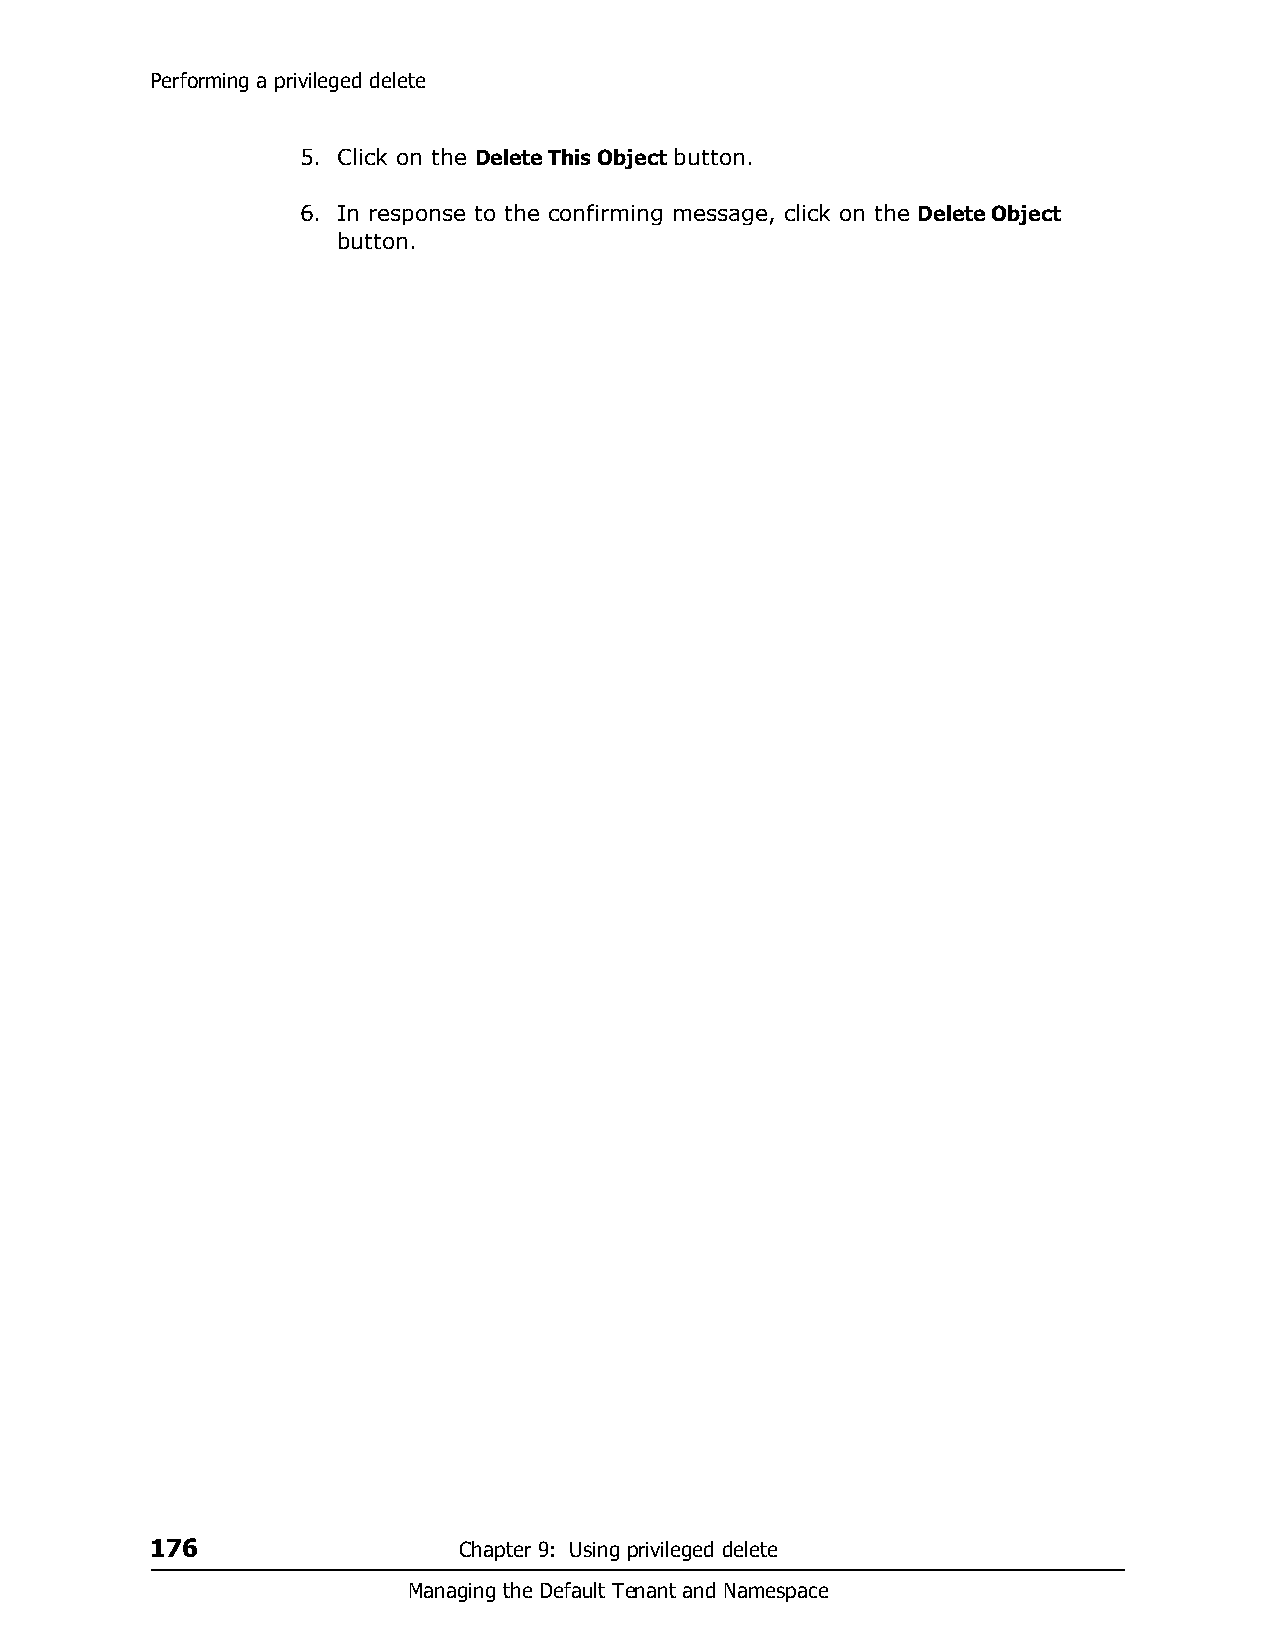
Performing a privileged delete
 5. Click on the Delete This Object button.
 6. In response to the confirming message, click on the Delete Object
 button.
 176                 Chapter 9: Using privileged delete
 Managing the Default Tenant and Namespace